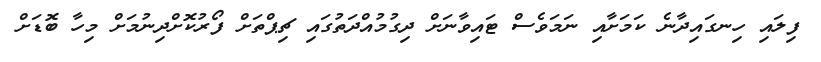
ފިލައި ހިނގައިދާނެ ކަމަށާއި ނަމަވެސް ޓައިވާނަށް ދިގުމުއްދަތުގައި ޗިޕްތަށް ފޯރުކޮށްދިނުމަށް މިހާ ބޮޑަށް